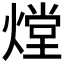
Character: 𤎌